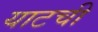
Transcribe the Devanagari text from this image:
याटची